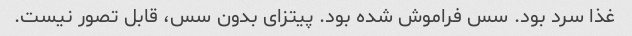
غذا سرد بود. سس فراموش شده بود. پیتزای بدون سس، قابل تصور نیست.